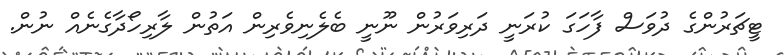
ޓީޗަރުންގެ ދުވަސް ފާހަގަ ކުރަނީ ދަރިވަރުން ނޫނީ ބެލެނިވެރިން އަތުން ލާރިހޯދާގެނެއް ނުން.